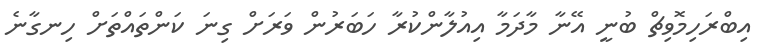
އިބްރަހިމޮވިޗް ބުނީ އޭނާ މާދަމާ އިއުލާންކުރާ ހަބަރުން ވަރަށް ގިނަ ކަންތައްތަށް ހިނގާނެ